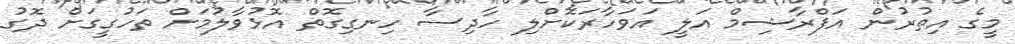
މީގެ އިތުރުން އަފްރާޝިމް އަލީ އަވަހާރަކޮށްލި ހާދިސާ ހިނގިގޮތް އޮޅުވާލުމަށް ތަހުގީގަށް ދޮގު